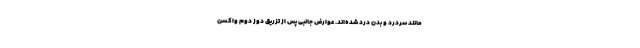
مانند سردرد و بدن درد شده‌اند. عوارض جانبی پس از تزریق دوز دوم واکسن